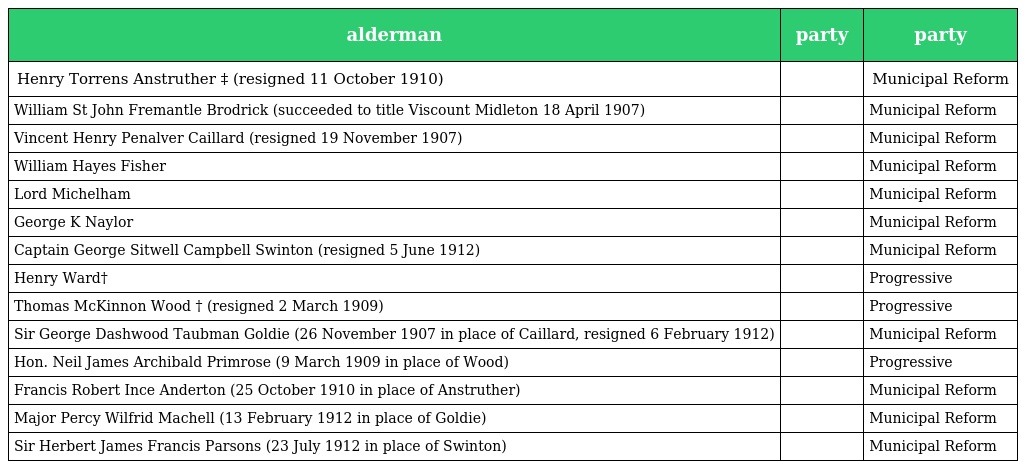
| alderman | party | party |
 | --- | --- | --- |
 | Henry Torrens Anstruther ‡ (resigned 11 October 1910) |  | Municipal Reform |
 | William St John Fremantle Brodrick (succeeded to title Viscount Midleton 18 April 1907) |  | Municipal Reform |
 | Vincent Henry Penalver Caillard (resigned 19 November 1907) |  | Municipal Reform |
 | William Hayes Fisher |  | Municipal Reform |
 | Lord Michelham |  | Municipal Reform |
 | George K Naylor |  | Municipal Reform |
 | Captain George Sitwell Campbell Swinton (resigned 5 June 1912) |  | Municipal Reform |
 | Henry Ward† |  | Progressive |
 | Thomas McKinnon Wood † (resigned 2 March 1909) |  | Progressive |
 | Sir George Dashwood Taubman Goldie (26 November 1907 in place of Caillard, resigned 6 February 1912) |  | Municipal Reform |
 | Hon. Neil James Archibald Primrose (9 March 1909 in place of Wood) |  | Progressive |
 | Francis Robert Ince Anderton (25 October 1910 in place of Anstruther) |  | Municipal Reform |
 | Major Percy Wilfrid Machell (13 February 1912 in place of Goldie) |  | Municipal Reform |
 | Sir Herbert James Francis Parsons (23 July 1912 in place of Swinton) |  | Municipal Reform |